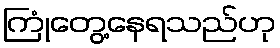
ကြုံတွေ့နေရသည်ဟု